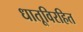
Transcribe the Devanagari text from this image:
धातूविरहित